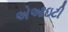
એઆઇટી